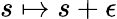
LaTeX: s\mapsto s+\epsilon